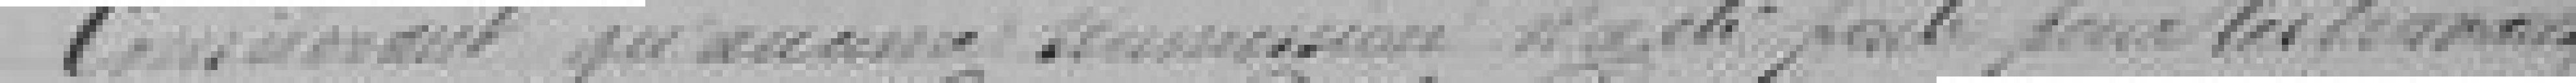
considérant qu'aucune commission n'a été faite pour les travaux